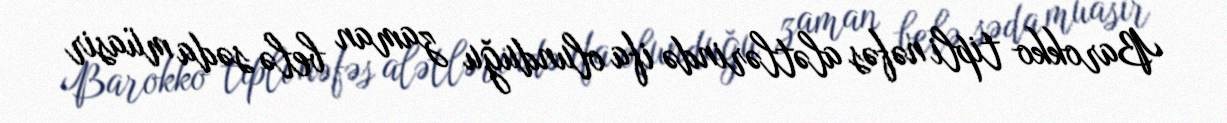
Barokko tipli nəfəs alətlərində ifa olunduğu zaman belə səda müasir